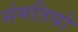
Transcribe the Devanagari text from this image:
संमतियो